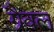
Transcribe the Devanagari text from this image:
ग्रैवल